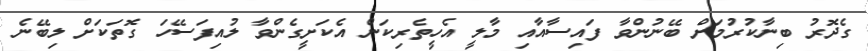
ގެދޮރު ބިނާކުރުމަށް ބޭނުންވާ ފައިސާއާއި މާލީ އެހީތެރިކަން އެކަށީގެންވާ ލުއިފަސޭހަ ގޮތަކަށް ލިބޭނެ